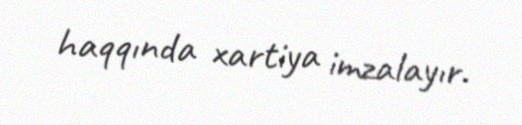
haqqında xartiya imzalayır.